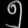
Digit: ၅